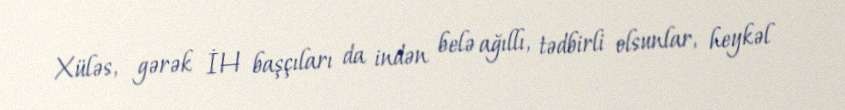
Xüləs, gərək İH başçıları da indən belə ağıllı, tədbirli olsunlar, heykəl